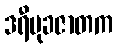
ဒရီမုခဇာတက